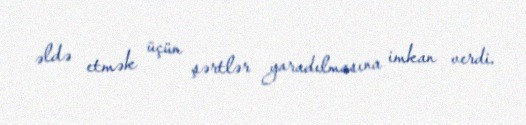
əldə etmək üçün şərtlər yaradılmasına imkan verdi.